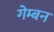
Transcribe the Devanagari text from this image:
गेम्बन